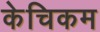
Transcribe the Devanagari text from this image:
केचिकम